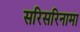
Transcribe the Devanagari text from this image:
सरिसरिनामा